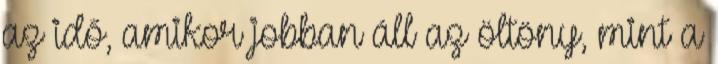
az idő, amikor jobban áll az öltöny, mint a